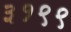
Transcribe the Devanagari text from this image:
३१९९